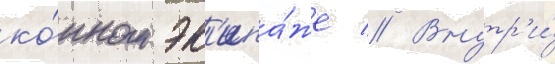
ко́нном эк'ипа́же // Внутр'и́